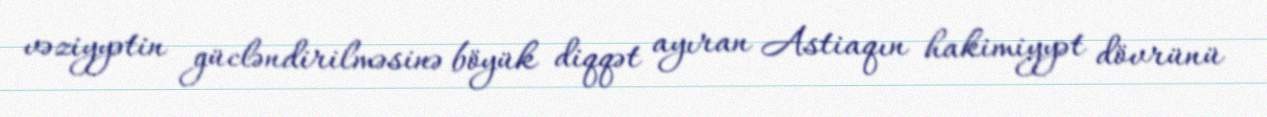
vəziyyətin gücləndirilməsinə böyük diqqət ayıran Astiaqın hakimiyyət dövrünü